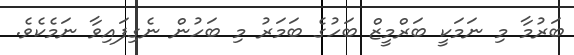
ބަރުމާ މި ނަމަކީ ބަރްމީޒް ބަހުގެ ބަމަރު މި ބަހުން ނެގިފައިވާ ނަމެކެވެ.